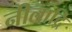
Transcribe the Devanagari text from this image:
नीलाद्रि